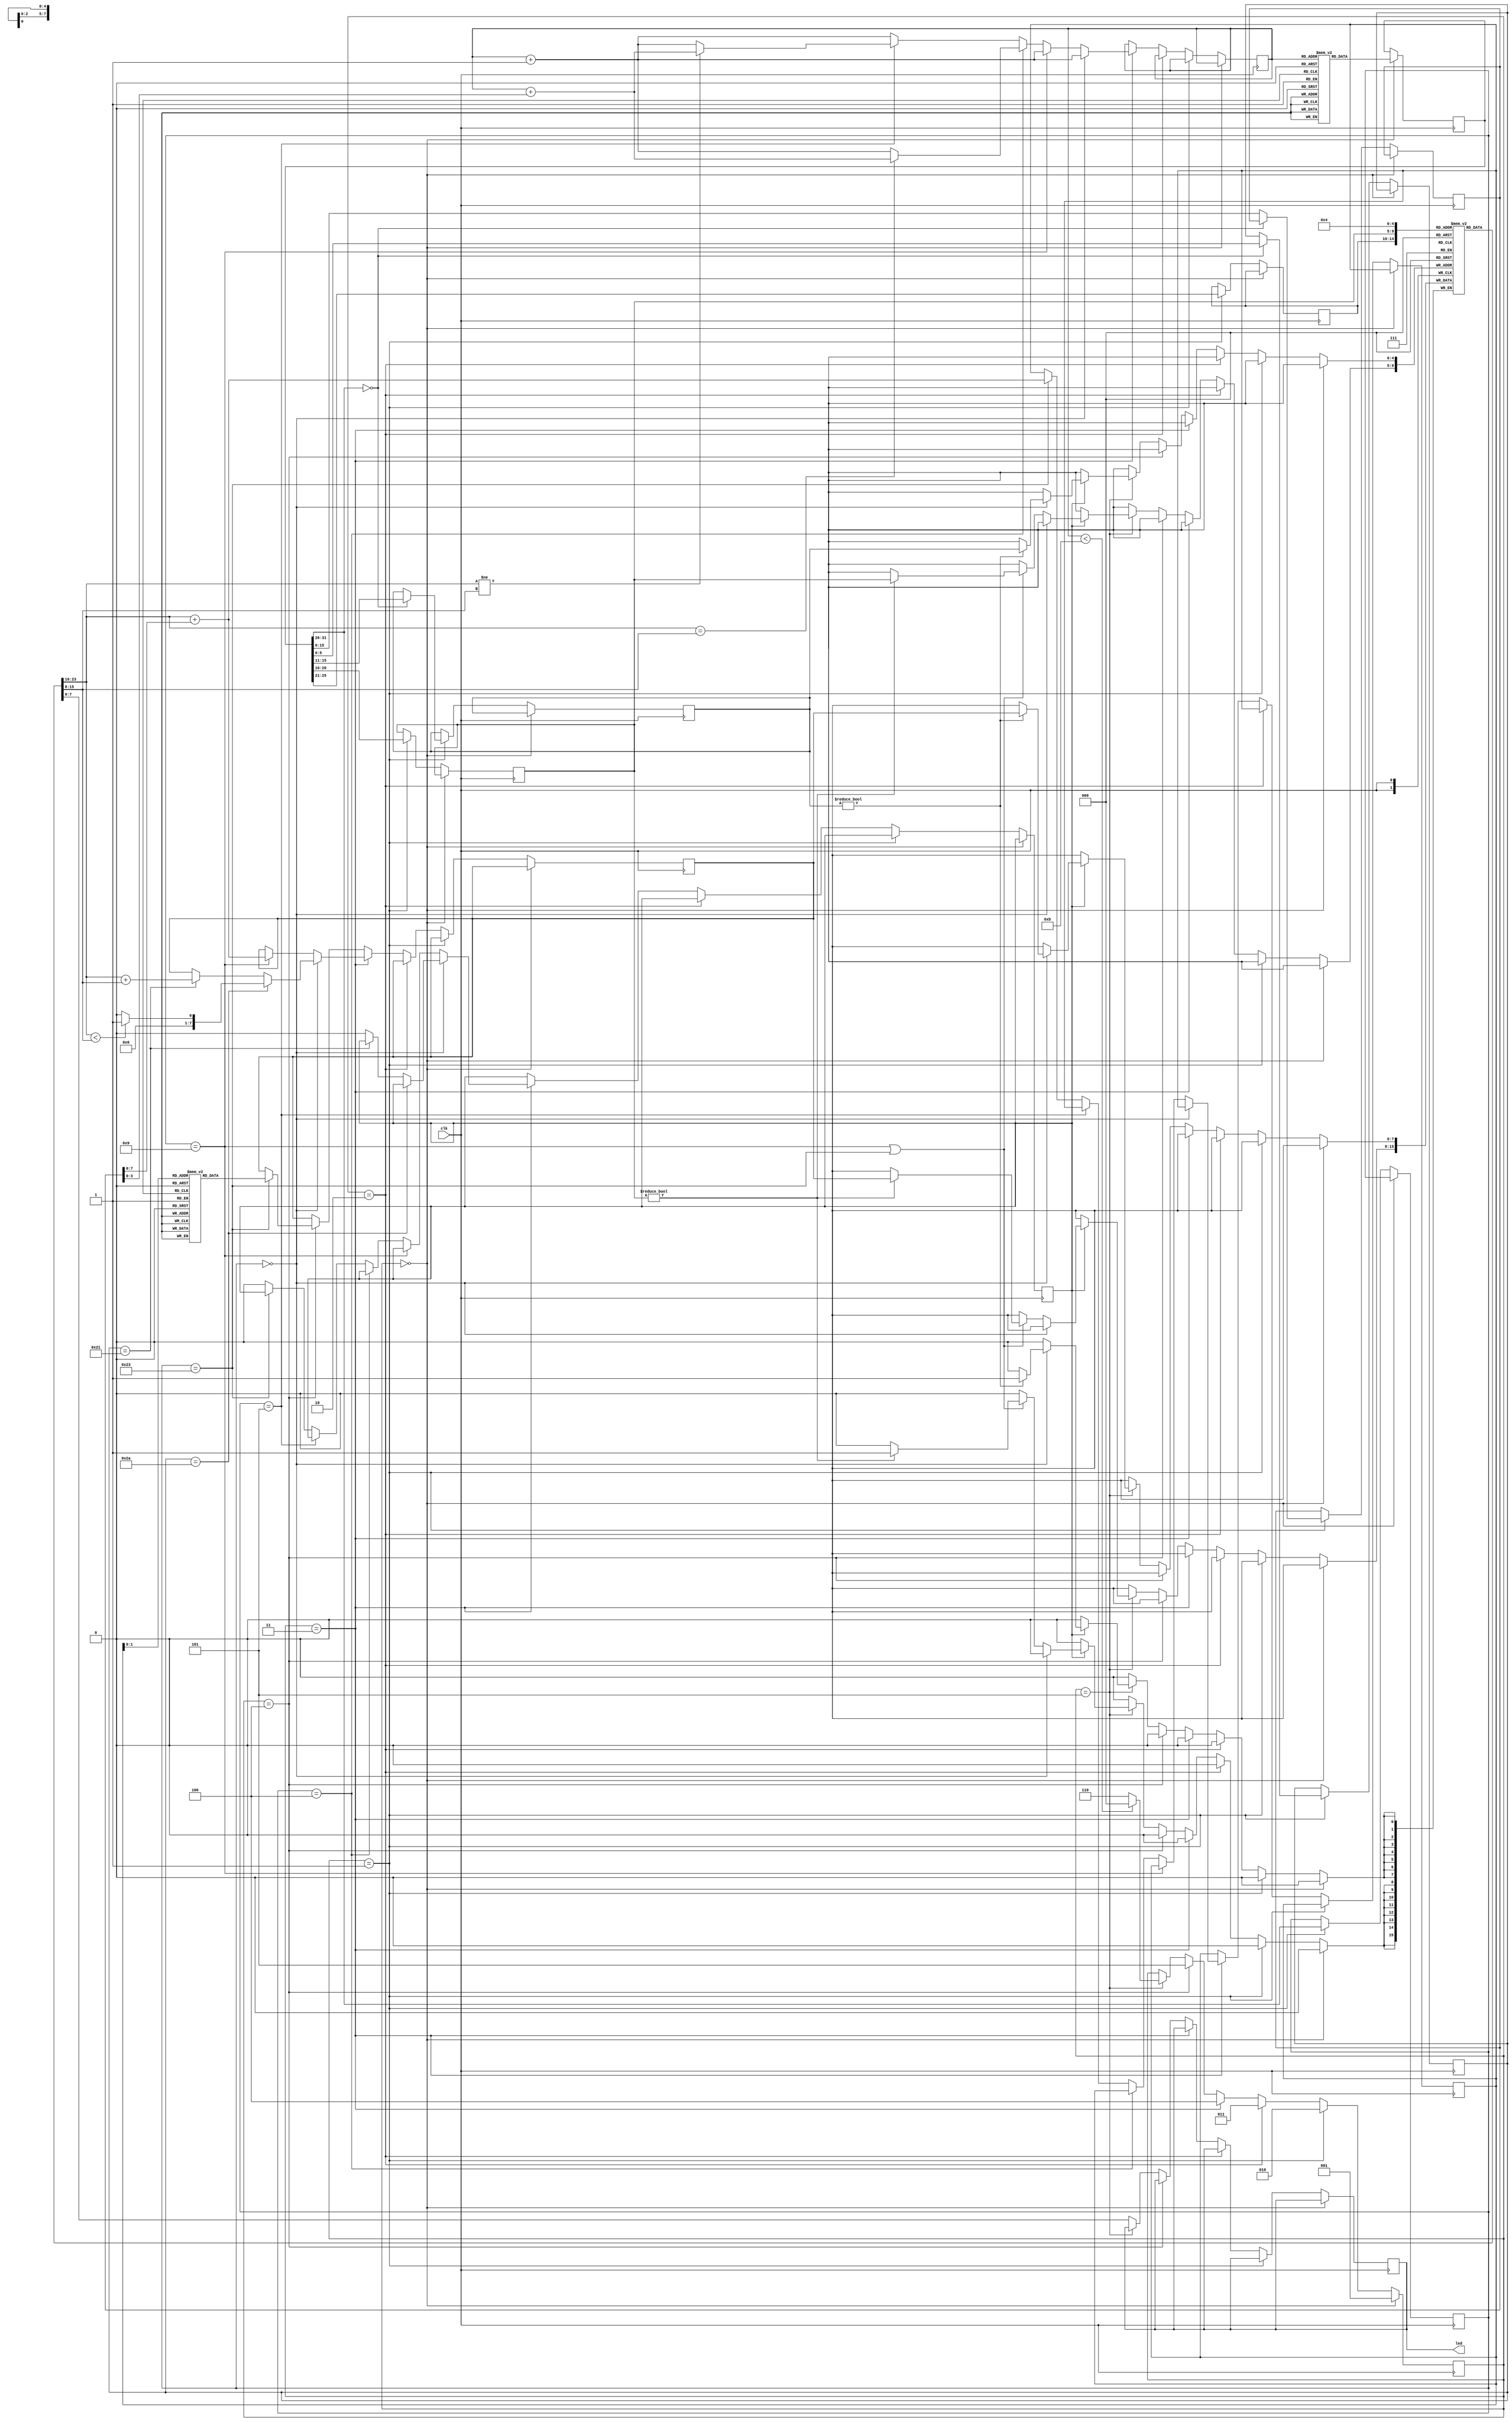
`timescale 1ns / 1ps
//////////////////////////////////////////////////////////////////////////////////
// Company: 
// Engineer: 
// 
// Design Name: 
// Module Name:    mips 
// Project Name: 
// Target Devices: 
// Tool versions: 
// Description: 
//
// Dependencies: 
//
// Revision: 
// Revision 0.01 - File Created
// Additional Comments: 
//
//////////////////////////////////////////////////////////////////////////////////
`define MAX_PC 11
`define OUTPUT_REG 4

module mips(clk,led); 
input clk;
output reg [7:0] led;

reg [31:0] im[0:10];
reg [7:0] dm[0:2];
reg [7:0] preg[0:31];

reg [2:0] state = 0;
reg [3:0] pc = 0;

reg [31:0] instr;

reg [5:0] opcode;
reg [4:0] rs;
reg [4:0] rt;
reg [4:0] rd;
reg [4:0] shift;
reg [5:0] func;
reg [15:0] immOp;
reg [7:0] read1;
reg [7:0] read2;

reg valid = 1;

reg [7:0] dmAddr;

reg [7:0] result;

wire [7:0] out;
assign out = preg[`OUTPUT_REG];

initial
begin
	im[0] = 32'b100011_00000_00001_0000000000000000;
	im[1] = 32'b100011_00000_00010_0000000000000001;
	im[2] = 32'b100011_00000_00011_0000000000000010;
	im[3] = 32'b001001_00000_00100_0000000000000000;
	im[4] = 32'b001001_00001_00101_0000000000000000;
	im[5] = 32'b000000_00101_00010_00110_00000_101010;
	im[6] = 32'b000100_00110_00000_0000000000000101;
	im[7] = 32'b000000_00100_00101_00100_00000_100001;
	im[8] = 32'b000000_00101_00011_00101_00000_100001;
	im[9] = 32'b000000_00101_00010_00110_00000_101010;
	im[10] = 32'b00101_00110_00000_1111111111111101;
	
	dm[0] = 8'b11101100;
	dm[1] = 8'b00001010;
	dm[2] = 8'b00000010;
	
end

always @(posedge clk)
begin
	if(state == 0)
	begin
		instr <= im[pc];
		state <= 1;
	end
	else if(state == 1)
	begin
		opcode <= instr[31:26];
		if(instr[31:26] == 6'b000000)
		begin
			rs <= instr[25:21];
			rt <= instr[20:16];
			rd <= instr[15:11];
			shift <= instr[10:6];
			func <= instr[5:0];
		end
		else
		begin
			rs <= instr[25:21];
			rt <= instr[20:16];
			immOp <= instr[15:0];
		end
		state <= 2;
	end
	else if(state == 2)
	begin
		read1 <= preg[rs];
		read2 <= preg[rt];
		state <= 3;
	end
	else if(state == 3)
	begin
		if(opcode == 6'b000000)
		begin
		
			if(func == 6'h2a)
			begin
				if(preg[rs] < preg[rt])
					result <= 1;
				else
					result <= 0;
			end
			else if(func == 6'h21)
				result <= preg[rs] + preg[rt];
			else
				valid <= 0;
				
			state <= 4;
			pc <= pc + 1;
		end
		else if(opcode == 6'h9)
		begin
			result <= preg[rs] + immOp[7:0];
			pc <= pc + 1;
			state <= 4;
		end
		else if(opcode == 6'h4)
		begin
			if(preg[rs] == preg[rt])
				pc <= pc + immOp[7:0];
			else
				pc <= pc + 1;
			state <= 4;
		end
		else if(opcode == 6'h5)
		begin
			if(preg[rs] != preg[rt])
				pc <= pc + immOp[7:0];
			else
				pc <= pc + 1;
			state <= 4;
		end
		else if(opcode == 6'h23)
		begin
			dmAddr <= preg[rs] +immOp[7:0];                  
			pc <= pc + 1;
			state <= 4;
		end
		else
		begin
			valid <= 0;
			pc <= pc + 1;
			state <= 4;
		end
	end
	else if(state == 4)
	begin
		if(opcode == 6'h23)
			result <= dm[dmAddr];
		state <= 5;
	end
	else if(state == 5)
	begin
		if(valid)
		begin
			if(opcode == 0)
			begin
				if(rd != 5'b00000)
					preg[rd] <= result;
			end
			else if(opcode == 6'h9 | opcode == 6'h23)
			begin
				if(rt != 5'b00000)
					preg[rt] <= result;
			end
		end
		if(pc < `MAX_PC)
			state <= 0;
		else
			state <= 6;
	end
	else
	begin
		led <= out;
	end		
end

endmodule